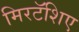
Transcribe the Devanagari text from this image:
मिरटॅशिए